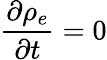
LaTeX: {\frac{\partial\rho_{e}}{\partial t}}=0